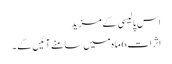
اس پالیسی کے مزید
اثرات 6ماہ میں سامنے آئیں گے۔